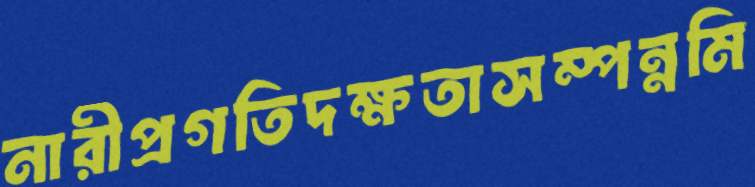
নারীপ্রগতিদক্ষতাসম্পন্নমি